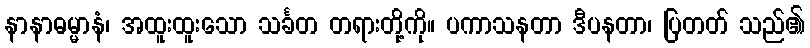
နာနာဓမ္မာနံ၊ အထူးထူးသော သင်္ခတ တရားတို့ကို။ ပကာသနတာ ဒီပနတာ၊ ပြတတ် သည်၏